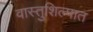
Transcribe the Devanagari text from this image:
वास्तुशिल्पात